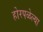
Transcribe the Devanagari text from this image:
होरपळेल्या